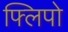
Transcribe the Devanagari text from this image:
फ्लिपो